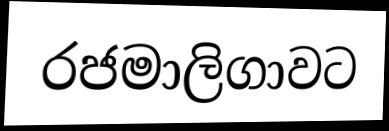
රජමාලිගාවට